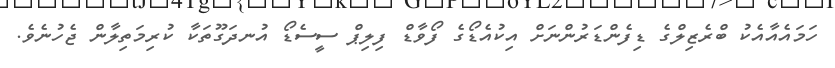
ހަމައެއާއެކު ބްރެޒިލްގެ ޑިފެންޑަރުންނަށް އިކުއެޑޯގެ ފޯވާޑް ފިލިޕް ސީސެޑޯ އުނދަގޫތަކާ ކުރިމަތިލާން ޖެހުނެވެ.